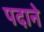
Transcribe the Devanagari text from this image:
पदाने